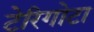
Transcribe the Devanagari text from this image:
टेरिगोटा